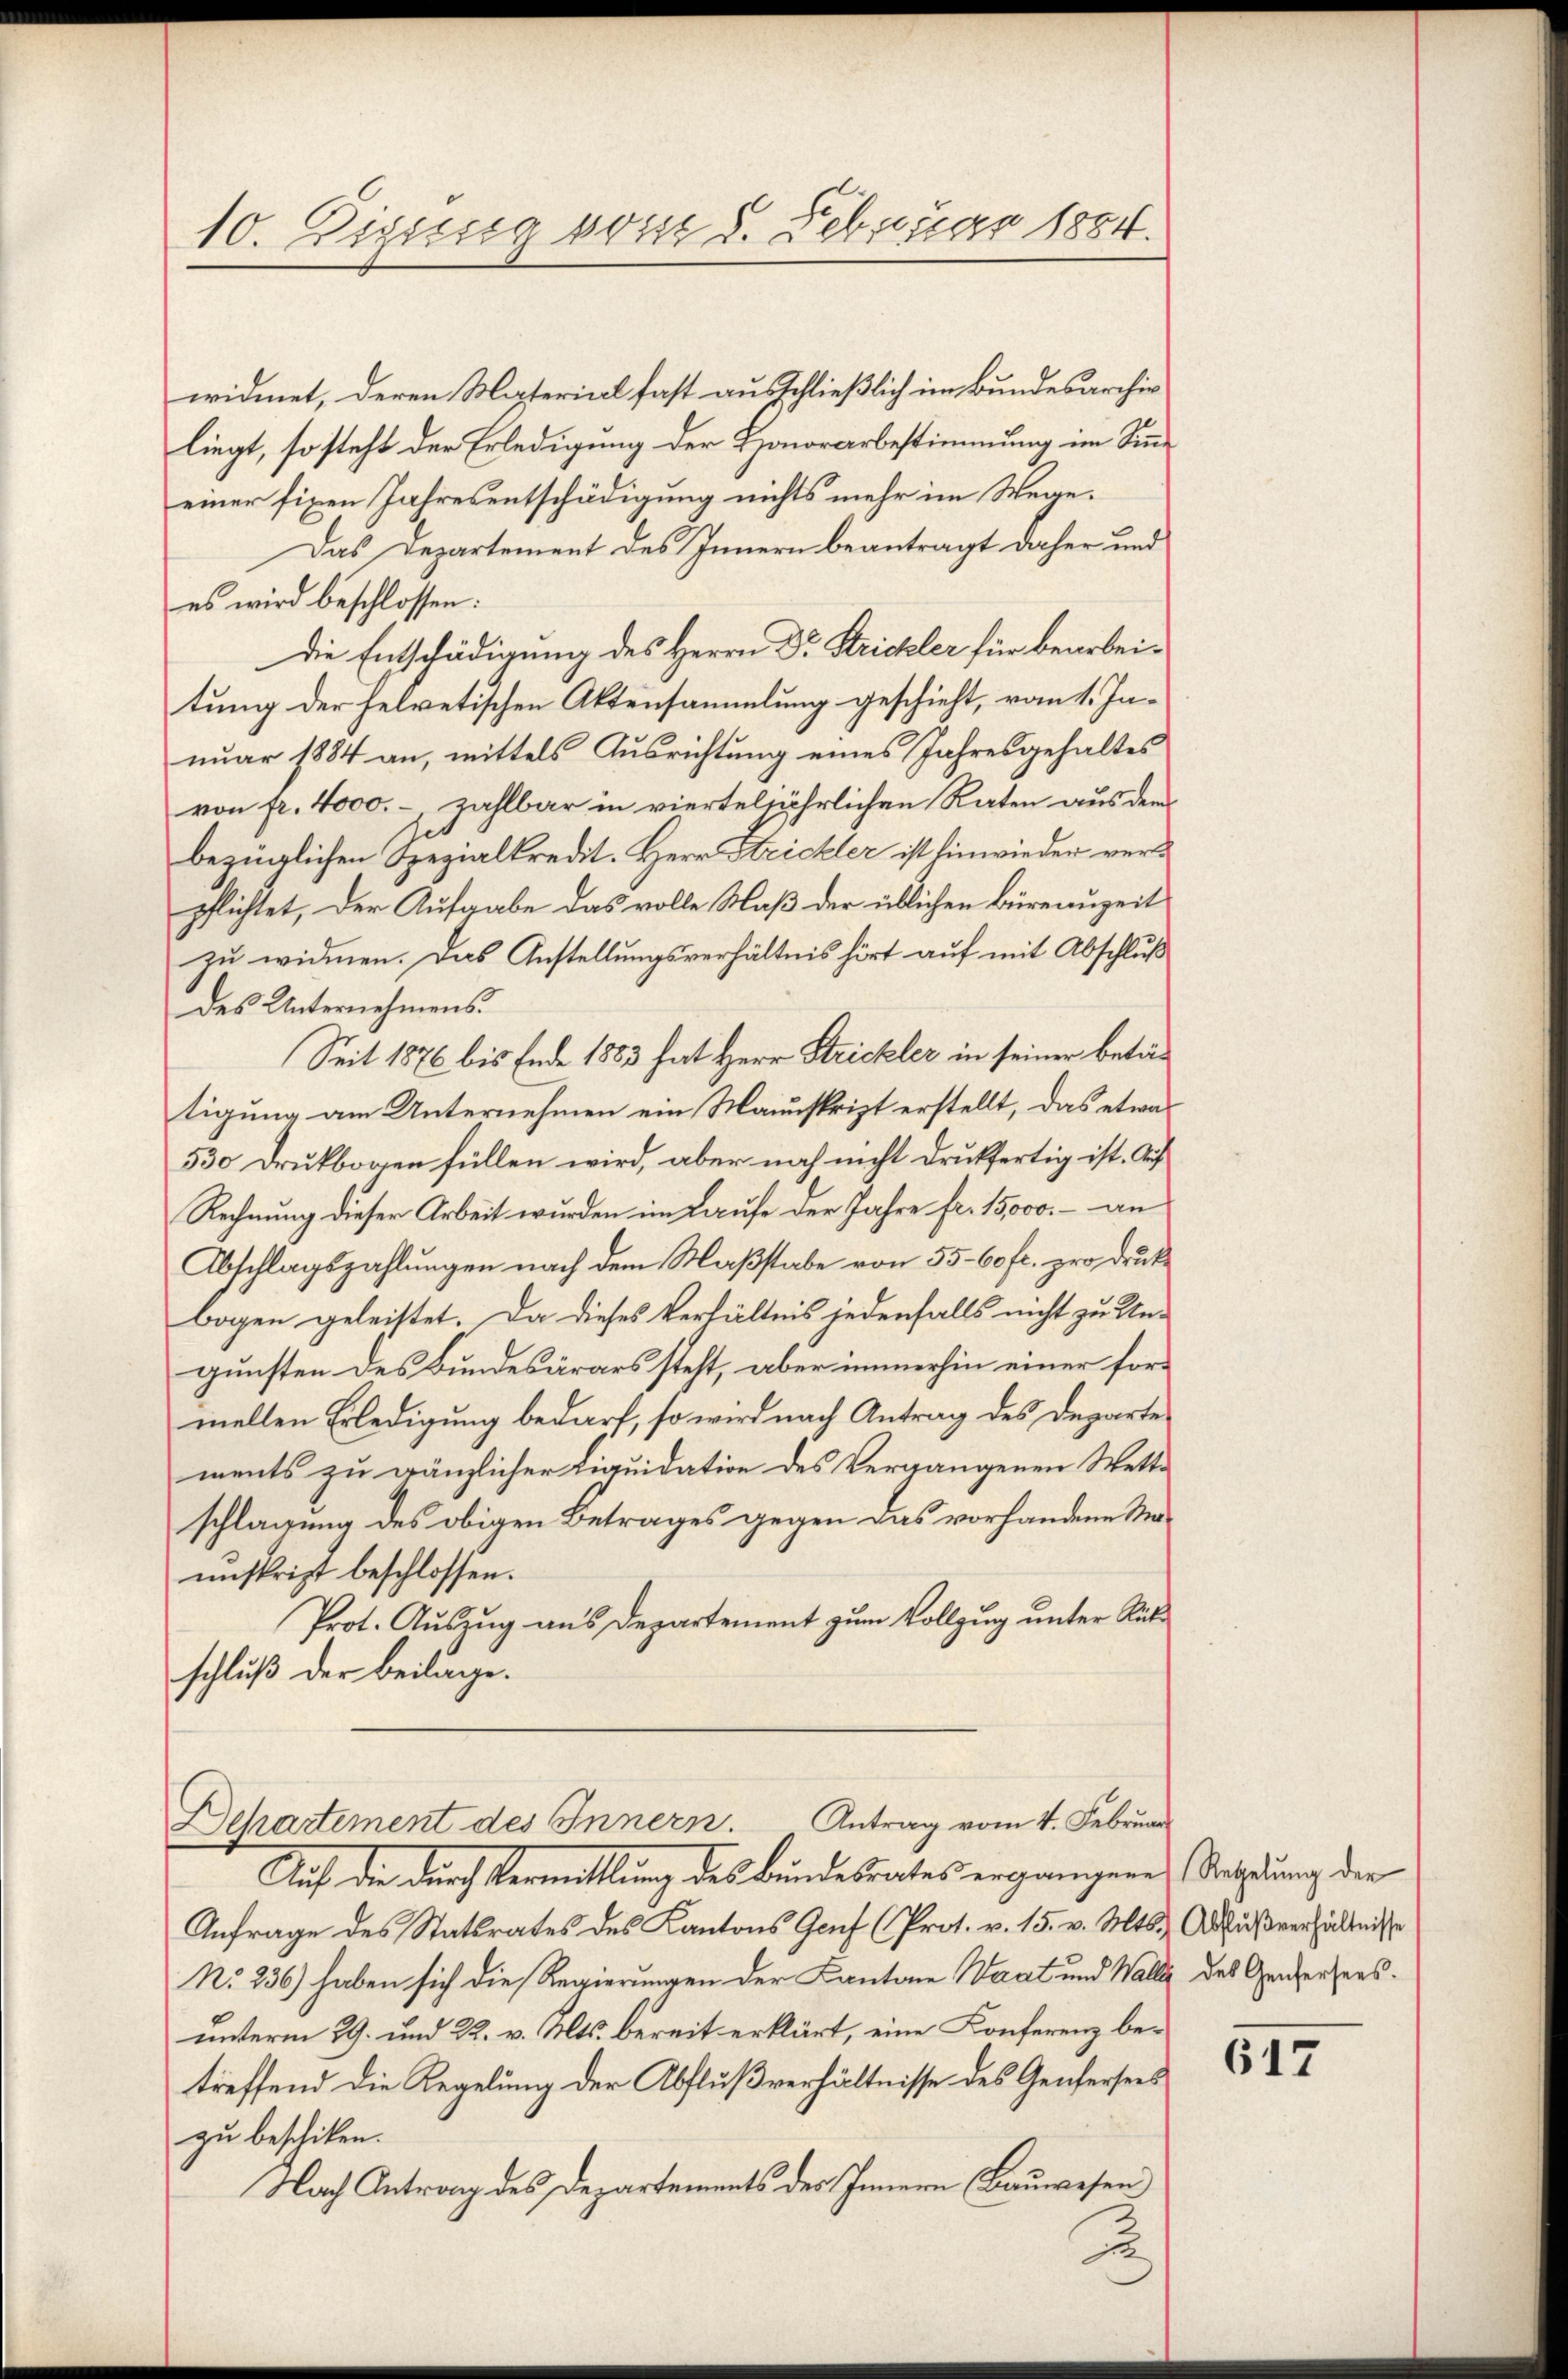
10. Dipissig vom 8. Februar 1884.

widmet, deren Material fast ausschließlich im Bundesarchiv
liegt, so steht der Erledigung der Honorarbestimmung im Sinn
einer fixen Jahresentschädigung nichts mehr im Wege.
Das Departement des Innern beantragt daher und
es wird beschlossen:
Die Entschädigung des Herrn Dr. Strickler für bearbeitung der helvetischen Aktensammlung geschieht, vom 1. Januar 1884 an, mittels Ausrichtung eines Jahresgehaltes
von fr. 4000.-, zahlbar in vierteljährlichen Raten aus dem
bezüglichen Spezialkredit. Herr Strickler ist hinwieder verpflichtet, der Aufgabe das volle Maß der üblichen Büreauzeit
zu widmen. Das Anstellungsverhältnis hört auf mit Abschluß
des Unternehmens.
Seit 1876 bis Ende 1883 hat Herr Strickler in seiner betätigung am Unternehmen ein Manuskript erstellt, das etwas
530 Druckbogen füllen wird, aber noch nicht druckfertig ist. Auf
Rechnung dieser Arbeit wurden im Laufe der Jahre fr. 15,000.- an
Abschlagszahlungen nach dem Maßstabe von 55-60fr. pro drucke
bogen geleistet. Da dieses Verhältnis jedenfalls nicht zu Ungunsten des Bundesärars steht, aber immerhin einer formellen Erledigung bedarf, so wird nach Antrag des Departements zu gänzlicher Liquidation des Vergangenen Wett-
schlagung des obigen Betrages gegen das vorhandene Maunskript beschlossen.
Prot. Auszug aus Departement zum Vollzug unter Rükschluß der beilage.

Auf die durch Vermittlung des Bundesrates ergängene Satzung der
Anfrage des Statsrates des Kantons Genf (Prot. v. 15. v. Mts. Außverhältnisse
No 236) haben sich die Regierungen der Kantone Waat und Walle des Generkersunterm 29. und 22. v. Mts. bereit erklärt, eine Conferenz betreffend die Regelung der Abflußverhältnisse des Genfersees
zu beschiken.
Nach Antrag des Departements des Innern Bauwesen

Departement des Innern. Antrag vom 4. Febrŭar

617